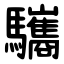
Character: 驨